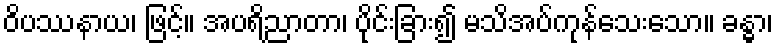
ဝိပဿနာယ၊ ဖြင့်။ အပရိညာတာ၊ ပိုင်းခြား၍ မသိအပ်ကုန်သေးသော။ ခန္ဓာ၊